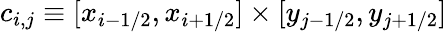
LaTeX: c_{i,j}\equiv[x_{i-1/2},x_{i+1/2}]\times[y_{j-1/2},y_{j+1/2}]